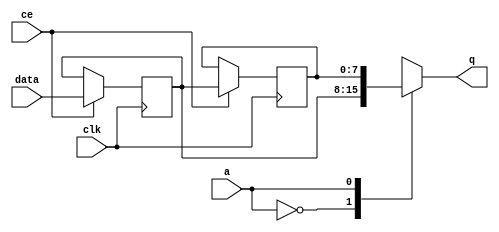
module FIFO_image_filter_img_5_data_stream_0_V_shiftReg (
    clk,
    data,
    ce,
    a,
    q);

parameter DATA_WIDTH = 32'd8;
parameter ADDR_WIDTH = 32'd1;
parameter DEPTH = 32'd2;

input clk;
input [DATA_WIDTH-1:0] data;
input ce;
input [ADDR_WIDTH-1:0] a;
output [DATA_WIDTH-1:0] q;

reg[DATA_WIDTH-1:0] SRL_SIG [0:DEPTH-1];
integer i;

always @ (posedge clk)
    begin
        if (ce)
        begin
            for (i=0;i<DEPTH-1;i=i+1)
                SRL_SIG[i+1] <= SRL_SIG[i];
            SRL_SIG[0] <= data;
        end
    end

assign q = SRL_SIG[a];

endmodule